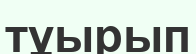
тұырып